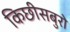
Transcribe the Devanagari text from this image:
किछीसबुरो